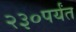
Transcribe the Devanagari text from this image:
२३०पर्यंत